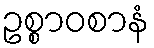
ဥစ္စာဝစာနံ